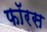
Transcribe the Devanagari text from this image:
फॉरस